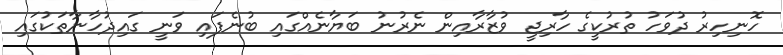
ހޮނިހިރު ދުވަހު ތުރުކީގެ ހާރިޖީ ވުޒާރާއިން ނެރުނު ބަޔާނެއްގައި ބުނެފައި ވަނީ ގައިދުހާނާތަކުގައި